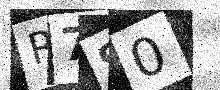
Text: R790